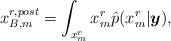
LaTeX: \begin{align*}x_{B,m}^{r,post}=\int_{x_{m}^{r}}x_{m}^{r}\hat{p}(x_{m}^{r}|\boldsymbol{y}),\end{align*}